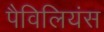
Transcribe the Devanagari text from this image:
पैविलियंस